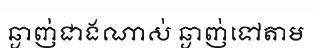
ឆ្ងាញ់ជាងណាស់ ឆ្ងាញ់ទៅតាម